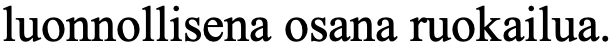
luonnollisena osana ruokailua.